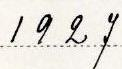
1927